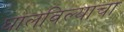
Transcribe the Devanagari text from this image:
घालविल्याचा